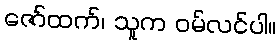
ဇော်ထက်၊ သူက ဝမ်လင်ပါ။